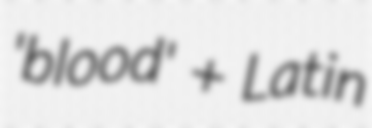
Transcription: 'blood' + Latin